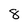
Character: 8